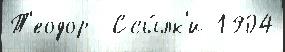
Т'еодор  Ссы́лк'и 1904